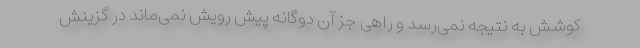
کوشش به نتیجه نمی‌رسد و راهی جز آن دوگانه پیش رویش نمی‌ماند در گزینش